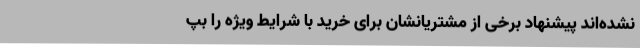
نشده‌اند پیشنهاد برخی از مشتریانشان برای خرید با شرایط ویژه را بپ